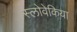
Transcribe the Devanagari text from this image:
स्लोवेकिया